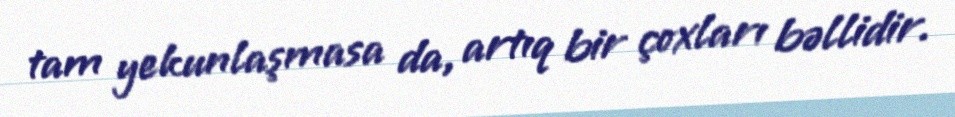
tam yekunlaşmasa da, artıq bir çoxları bəllidir.